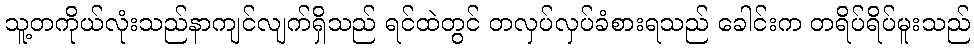
သူ့တကိုယ်လုံးသည်နာကျင်လျက်ရှိသည် ရင်ထဲတွင် တလှပ်လှပ်ခံစားရသည် ခေါင်းက တရိပ်ရိပ်မူးသည်